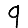
Digit: 9